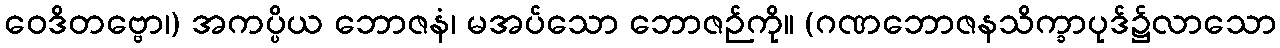
ဝေဒိတဗ္ဗော၊) အကပ္ပိယ ဘောဇနံ၊ မအပ်သော ဘောဇဉ်ကို။ (ဂဏဘောဇနသိက္ခာပုဒ်၌လာသော